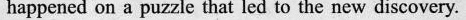
happened on a puzzle that led to the new discovery.